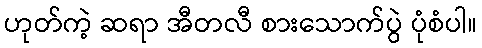
ဟုတ်ကဲ့ ဆရာ အီတလီ စားသောက်ပွဲ ပုံစံပါ။